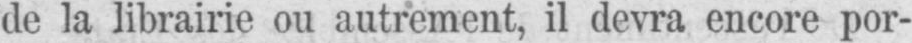
de la librairie ou autrement, il devra encore por-